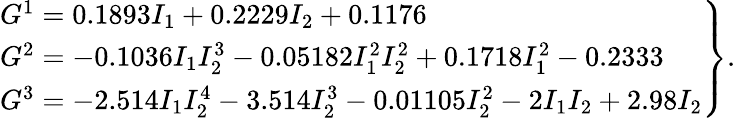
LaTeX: \left.\begin{array}{l}{G^{1}=0.1893I_{1}+0.2229I_{2}+0.1176}\\ {G^{2}=-0.1036I_{1}I_{2}^{3}-0.05182I_{1}^{2}I_{2}^{2}+0.1718I_{1}^{2}-0.2333}\\ {G^{3}=-2.514I_{1}I_{2}^{4}-3.514I_{2}^{3}-0.01105I_{2}^{2}-2I_{1}I_{2}+2.98I_{2}}\end{array}\right\} .